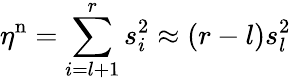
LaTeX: \eta^{\mathrm{n}}=\sum_{i=l+1}^{r}s_{i}^{2}\approx(r-l)s_{l}^{2}